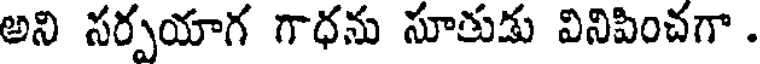
అని సర్పయాగ గాధను సూతుడు వినిపించగా .